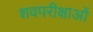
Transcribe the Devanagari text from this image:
शवपरीक्षाओं